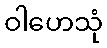
ဝါဟေသုံ